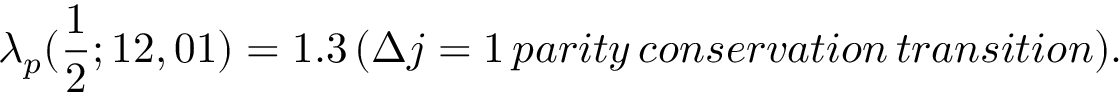
\lambda _ { p } ( \frac 1 2 ; 1 2 , 0 1 ) = 1 . 3 \AA \, ( \Delta j = 1 \, p a r i t y \, c o n s e r v a t i o n \, t r a n s i t i o n ) . \nonumber